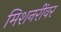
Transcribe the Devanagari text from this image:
मिशनरींवर